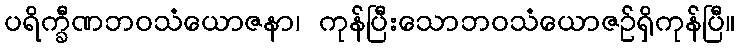
ပရိက္ခီဏဘဝသံယောဇနာ၊ ကုန်ပြီးသောဘဝသံယောဇဉ်ရှိကုန်ပြီ။